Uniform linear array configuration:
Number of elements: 32
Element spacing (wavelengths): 0.75
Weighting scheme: blackman
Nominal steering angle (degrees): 0
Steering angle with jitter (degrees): -0.612
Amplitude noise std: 0.05
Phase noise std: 0.05

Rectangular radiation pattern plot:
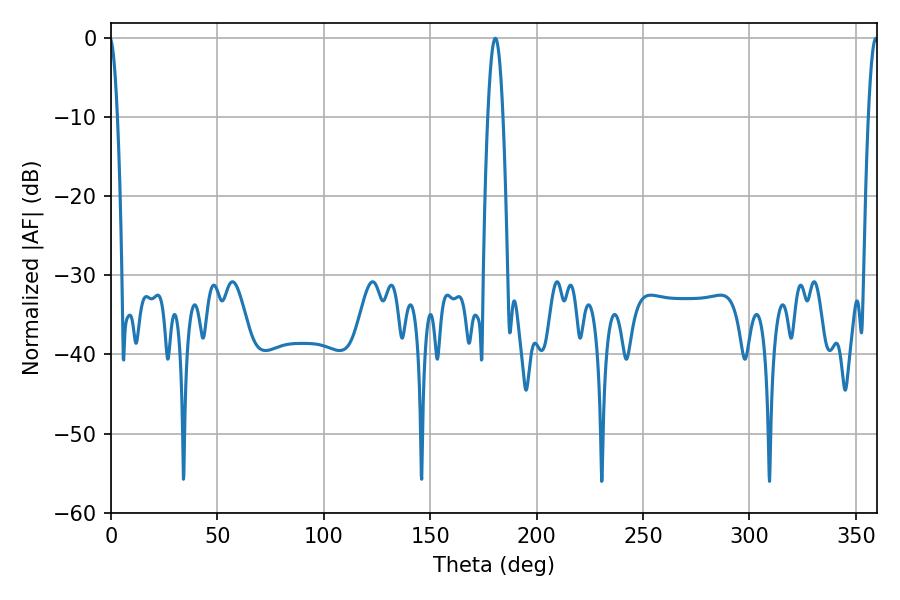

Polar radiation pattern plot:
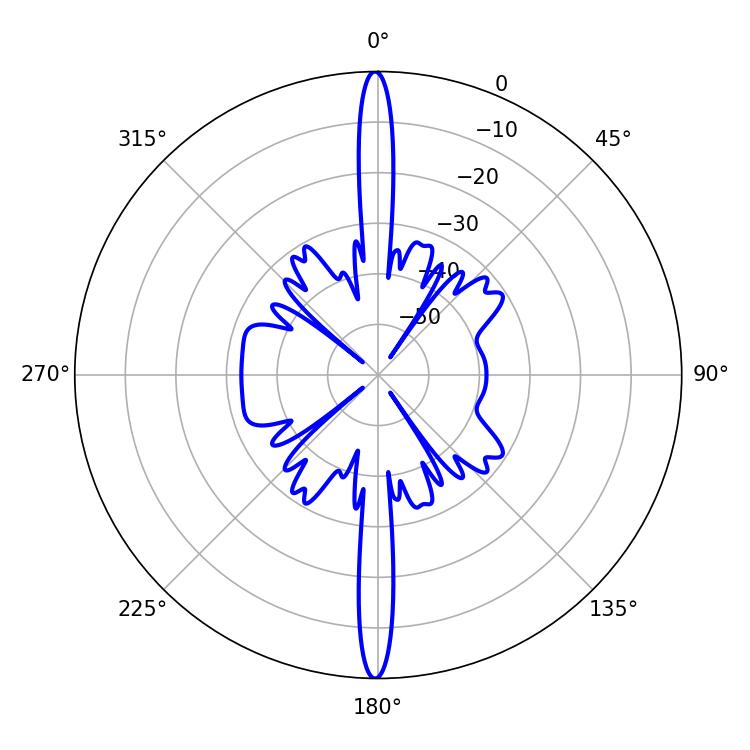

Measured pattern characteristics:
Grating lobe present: TRUE
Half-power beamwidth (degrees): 3.78
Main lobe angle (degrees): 180.54